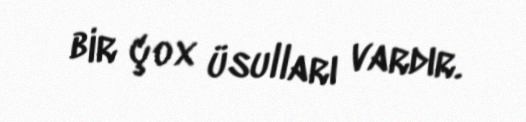
bir çox üsulları vardır.